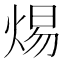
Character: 焬